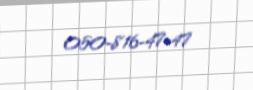
050-816-47-47